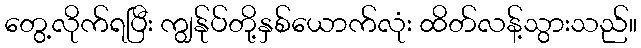
တွေ့လိုက်ရပြီး ကျွန်ုပ်တို့နှစ်ယောက်လုံး ထိတ်လန့်သွားသည်။